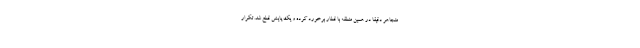
متجاهر دقیقا در همین منطقه با قطار برخورد کرده و یک پایش قطع شد. تکرار